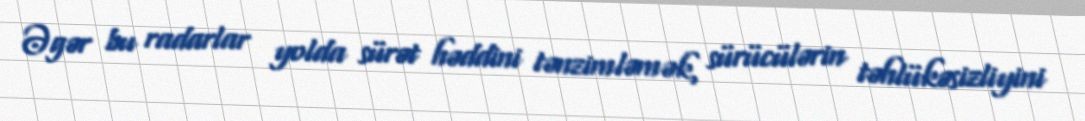
Əgər bu radarlar yolda sürət həddini tənzimləmək, sürücülərin təhlükəsizliyini